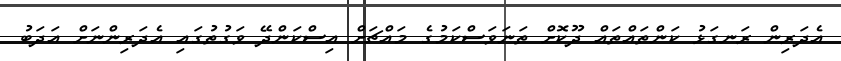
އެދަރިން ރަނގަޅު ކަންތައްތައް ދޫކޮށް ތަނަވަސްކަމުގެ މައްޗަށް އިސްކަންދޭ ވަގުތުގައި އެދަރިންނަށް އަދަބު